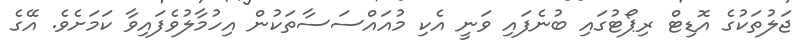
ޖަލުތަކުގެ އޮޑިޓް ރިޕޯޓުގައި ބުނެފައި ވަނީ އެކި މުއައްސަސާތަކުން އިހުމާލުވެފައިވާ ކަމަށެވެ. އޭގެ